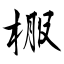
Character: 棴